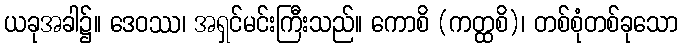
ယခုအခါ၌။ ဒေဝဿ၊ အရှင်မင်းကြီးသည်။ ကောစိ (ကတ္ထစိ)၊ တစ်စုံတစ်ခုသော